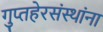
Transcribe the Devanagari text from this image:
गुप्तहेरसंस्थांना